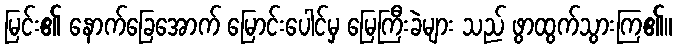
မြင်း၏ နောက်ခြေအောက် မြောင်းပေါင်မှ မြေကြီးခဲများ သည် ဖွာထွက်သွားကြ၏။